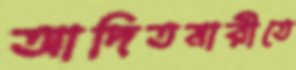
আদিতমারীতে